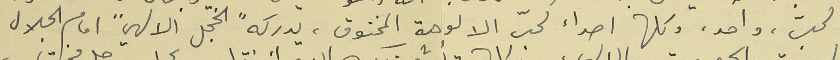
بالحبّ، واحد، وكلها اصداء لحبّ الالوهة المخنوق، يدركه "الخجل الالهي" امام الجلال